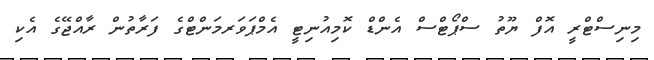
މިނިސްޓްރީ އޮފް ޔޫތު ސްޕޯޓްސް އެންޑް ކޮމިއުނިޓީ އެމްޕަވަރމަންޓްގެ ފަރާތުން ރާއްޖޭގެ އެކި